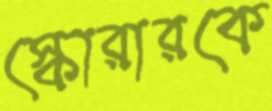
স্কোরারকে